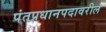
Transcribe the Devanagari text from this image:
पंतप्रधानपदावरील